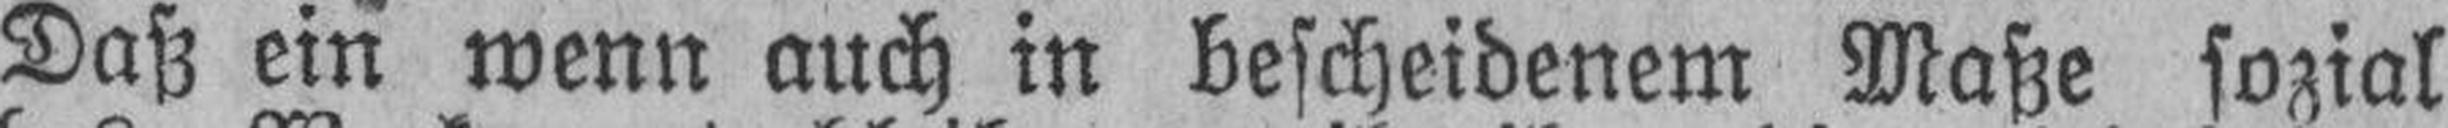
Daß ein wenn auch in bescheidenem Maße sozial